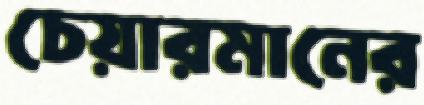
চেয়ারমানের